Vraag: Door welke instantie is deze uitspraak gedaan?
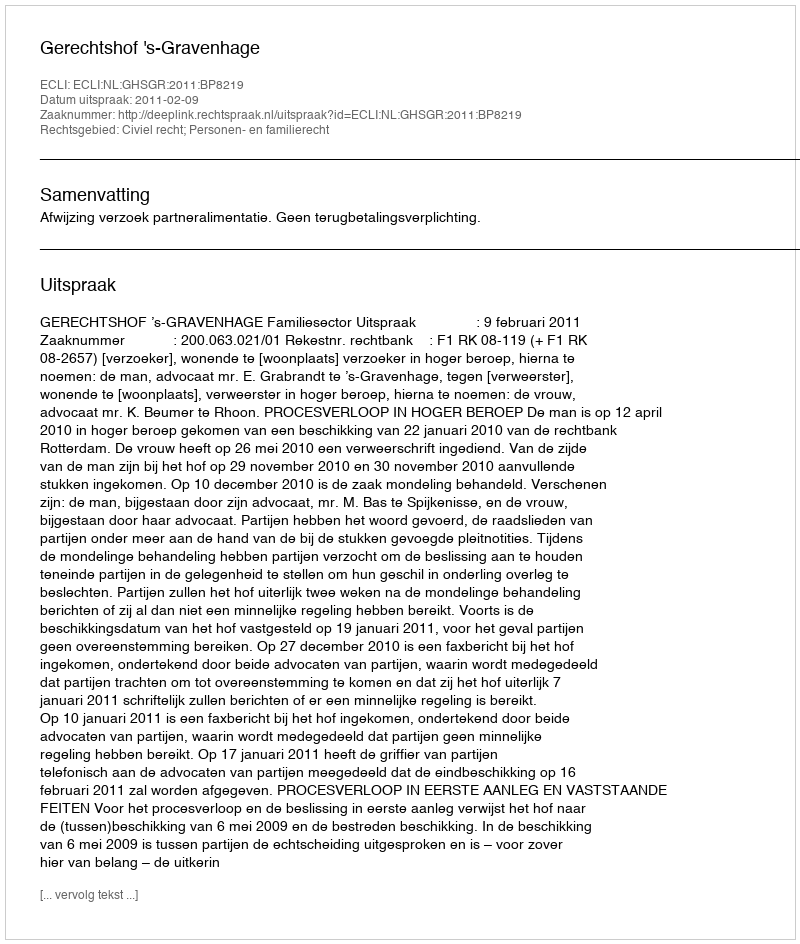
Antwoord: Gerechtshof 's-Gravenhage